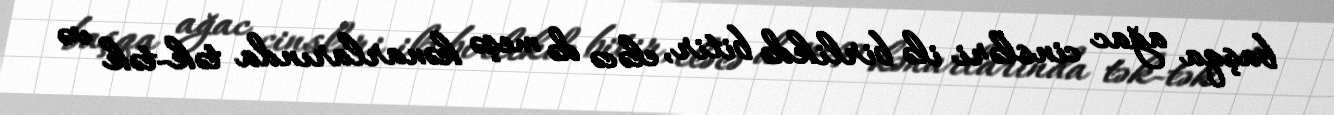
başqa ağac cinsləri ilə birlikdə bitir, eləcə də meşə kənarlarında tək-tək və